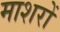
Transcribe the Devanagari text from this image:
माशरों